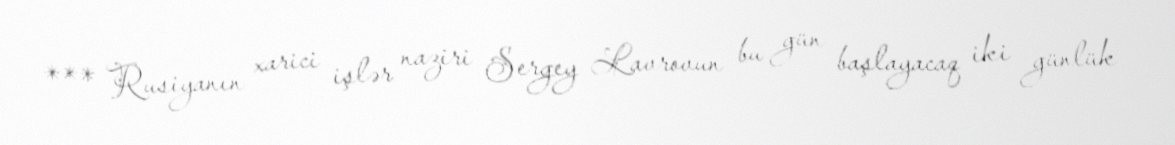
*** Rusiyanın xarici işlər naziri Sergey Lavrovun bu gün başlayacaq iki günlük